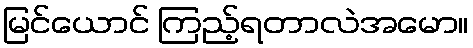
မြင်ယောင် ကြည့်ရတာလဲအမော။